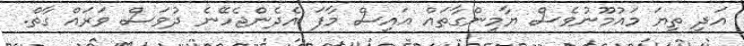
އަދި ތިޔަ މައުމޫނުވެސް ޔާމިންގާތައް އައިސް މާފަ އެދެންޖެހޭނެ ދުވަސް ވަރައް ގާތް.